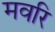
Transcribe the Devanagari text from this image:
मवरि